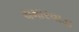
ચમારવાડા